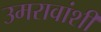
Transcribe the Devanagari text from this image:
उमरावांशी